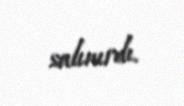
salınırdı.